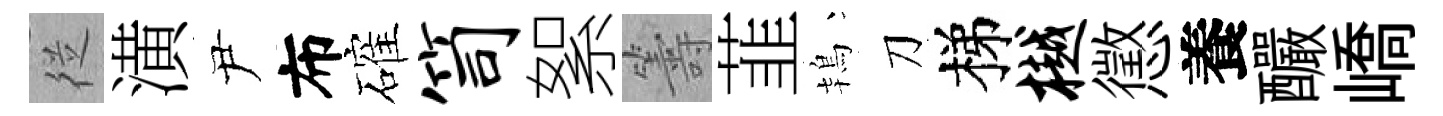
従潢尹布確笥絮籌韮鴇刀梯樾懲養釅嶠